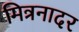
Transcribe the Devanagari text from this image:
मित्रनादर